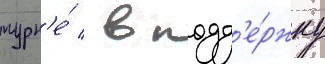
турн'е́ / в подд'е́ржку